画像に写った文字を読んでください
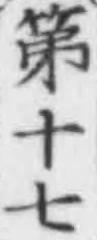
「第十七」と書いてあります